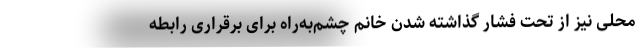
محلی نیز از تحت فشار گذاشته شدن خانم چشم‌به‌راه برای برقراری رابطه